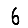
Digit: 6